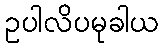
ဥပါလိပမုခါယ